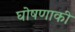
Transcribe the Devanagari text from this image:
घोषणाकी